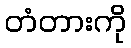
တံတားကို